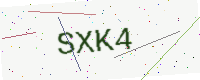
Text: SXK4